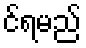
င်ရမည်